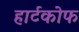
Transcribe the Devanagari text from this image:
हार्टकोफ